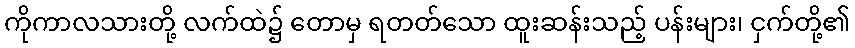
ကိုကာလသားတို့ လက်ထဲ၌ တောမှ ရတတ်သော ထူးဆန်းသည့် ပန်းများ၊ ငှက်တို့၏